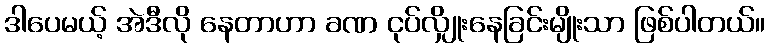
ဒါပေမယ့် အဲဒီလို နေတာဟာ ခဏ ငုပ်လျှိုးနေခြင်းမျိုးသာ ဖြစ်ပါတယ်။